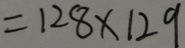
= 1 2 8 \times 1 2 9